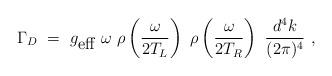
LaTeX: \begin{align*}\Gamma_D~=~g_{\mbox{eff}}~\omega~\rho \left(\frac{\omega}{2T_L}\right)~\rho \left(\frac{\omega}{2T_R}\right)~\frac{d^4k}{(2\pi)^4}~,\end{align*}